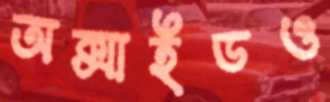
অক্সাইডও